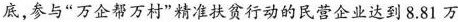
底，参与”万企帮万村”精准扶贫行动的民营企业达到8.81万